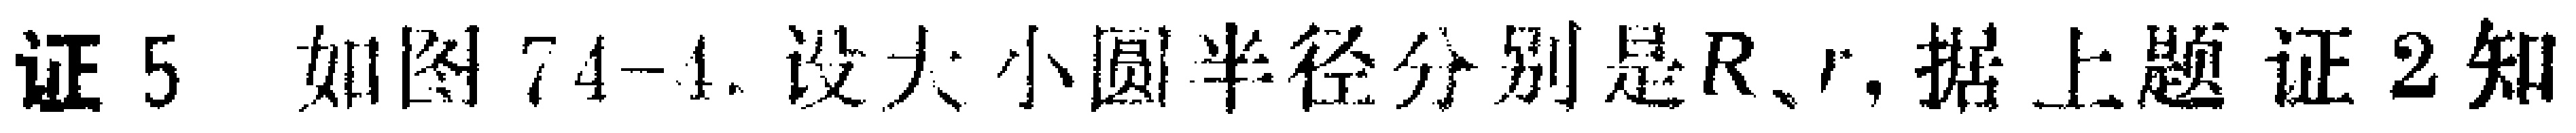
证 5 如图 74-1, 设大小圆半径分别是\(R、r\), 据上题证 2 知